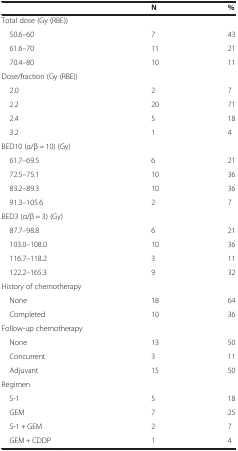
<table><thead><tr><td><b> </b></td><td><b>N</b></td><td><b>%</b></td></tr></thead><tbody><tr><td>Total dose (Gy (RBE))</td><td> </td><td> </td></tr><tr><td> 50.6–60</td><td>7</td><td>43</td></tr><tr><td> 61.6–70</td><td>11</td><td>21</td></tr><tr><td> 70.4–80</td><td>10</td><td>11</td></tr><tr><td>Dose/fraction (Gy (RBE))</td><td> </td><td> </td></tr><tr><td> 2.0</td><td>2</td><td>7</td></tr><tr><td> 2.2</td><td>20</td><td>71</td></tr><tr><td> 2.4</td><td>5</td><td>18</td></tr><tr><td> 3.2</td><td>1</td><td>4</td></tr><tr><td>BED10 (α/β = 10) (Gy)</td><td> </td><td> </td></tr><tr><td> 61.7–69.5</td><td>6</td><td>21</td></tr><tr><td> 72.5–75.1</td><td>10</td><td>36</td></tr><tr><td> 83.2–89.3</td><td>10</td><td>36</td></tr><tr><td> 91.3–105.6</td><td>2</td><td>7</td></tr><tr><td>BED3 (α/β = 3) (Gy)</td><td> </td><td> </td></tr><tr><td> 87.7–98.8</td><td>6</td><td>21</td></tr><tr><td> 103.0–108.0</td><td>10</td><td>36</td></tr><tr><td> 116.7–118.2</td><td>3</td><td>11</td></tr><tr><td> 122.2–165.3</td><td>9</td><td>32</td></tr><tr><td>History of chemotherapy</td><td> </td><td> </td></tr><tr><td> None</td><td>18</td><td>64</td></tr><tr><td> Completed</td><td>10</td><td>36</td></tr><tr><td>Follow-up chemotherapy</td><td> </td><td> </td></tr><tr><td> None</td><td>13</td><td>50</td></tr><tr><td> Concurrent</td><td>3</td><td>11</td></tr><tr><td> Adjuvant</td><td>15</td><td>50</td></tr><tr><td>Regimen</td><td> </td><td> </td></tr><tr><td> S-1</td><td>5</td><td>18</td></tr><tr><td> GEM</td><td>7</td><td>25</td></tr><tr><td> S-1 + GEM</td><td>2</td><td>7</td></tr><tr><td> GEM + CDDP</td><td>1</td><td>4</td></tr></tbody></table>